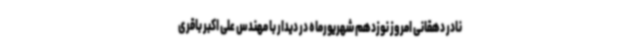
نادر دهقانی امروز نوزدهم شهریورماه در دیدار با مهندس علی اکبر باقری